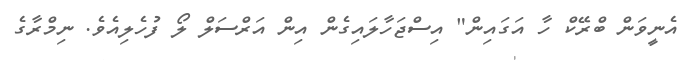
އެނީވަން ބްރޭކް ހާ އަގައިން" އިސްޖަހާލައިގެން އިން އަރްސަލް ލޯ ފުހެލިއެވެ. ނިމްރާގެ